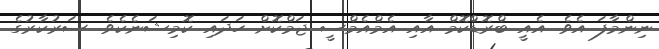
ނިންމާފަ އެވެ. އެއީ ބްރޮޑްކޮމް އާއި އެމްއެމްސީ ޖަމްކޮށް ހަދައި ކޮމިޝަނެކެވެ. ސަރުކާރުގެ